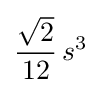
{\frac {\sqrt {2}}{12}}\,s^{3}